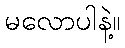
မလောပါနဲ့။